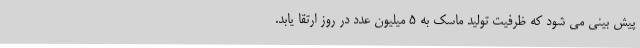
پیش بینی می شود که ظرفیت تولید ماسک به 5 میلیون عدد در روز ارتقا یابد.